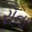
રૉના